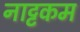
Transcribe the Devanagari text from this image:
नाट्टकम